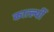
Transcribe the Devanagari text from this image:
कात्ल्यीं